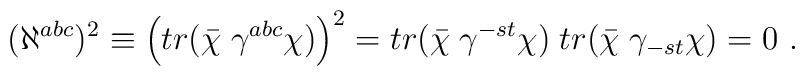
(\aleph^{abc})^2  \equiv \left (tr (\bar \chi \; \gamma^{abc} \chi )\right)^2 = tr (\bar \chi \;\gamma^{-st} \chi) \;  tr (\bar \chi \;\gamma_{-st} \chi) = 0 \ .